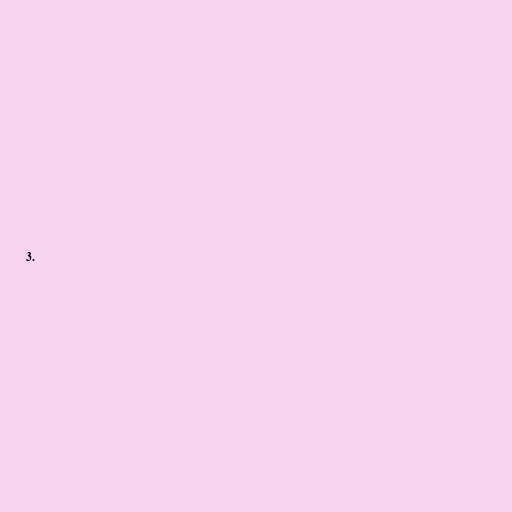
3.